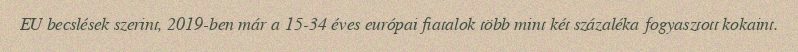
EU becslések szerint, 2019-ben már a 15-34 éves európai fiatalok több mint két százaléka fogyasztott kokaint.